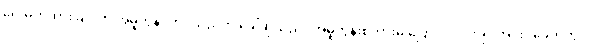
ရေးမှတ်ထားခြင်းကို အမူကွန်း တင်သည်ဟု ခေါ်ဆိုသည်။ အမူကွန်းစကားမှ ပြောင်းလဲလာ၍ အင်းဝခေတ်တွင်